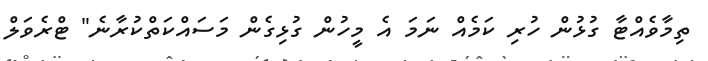
ތިމާވެއްޓާ ގުޅުން ހުރި ކަމެއް ނަމަ އެ މީހުން ގުޅިގެން މަސައްކަތްކުރާނެ" ޓްރެވަލް